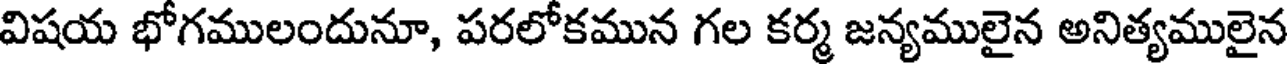
విషయ భోగములందునూ, పరలోకమున గల కర్మ జన్యములైన అనిత్యములైన